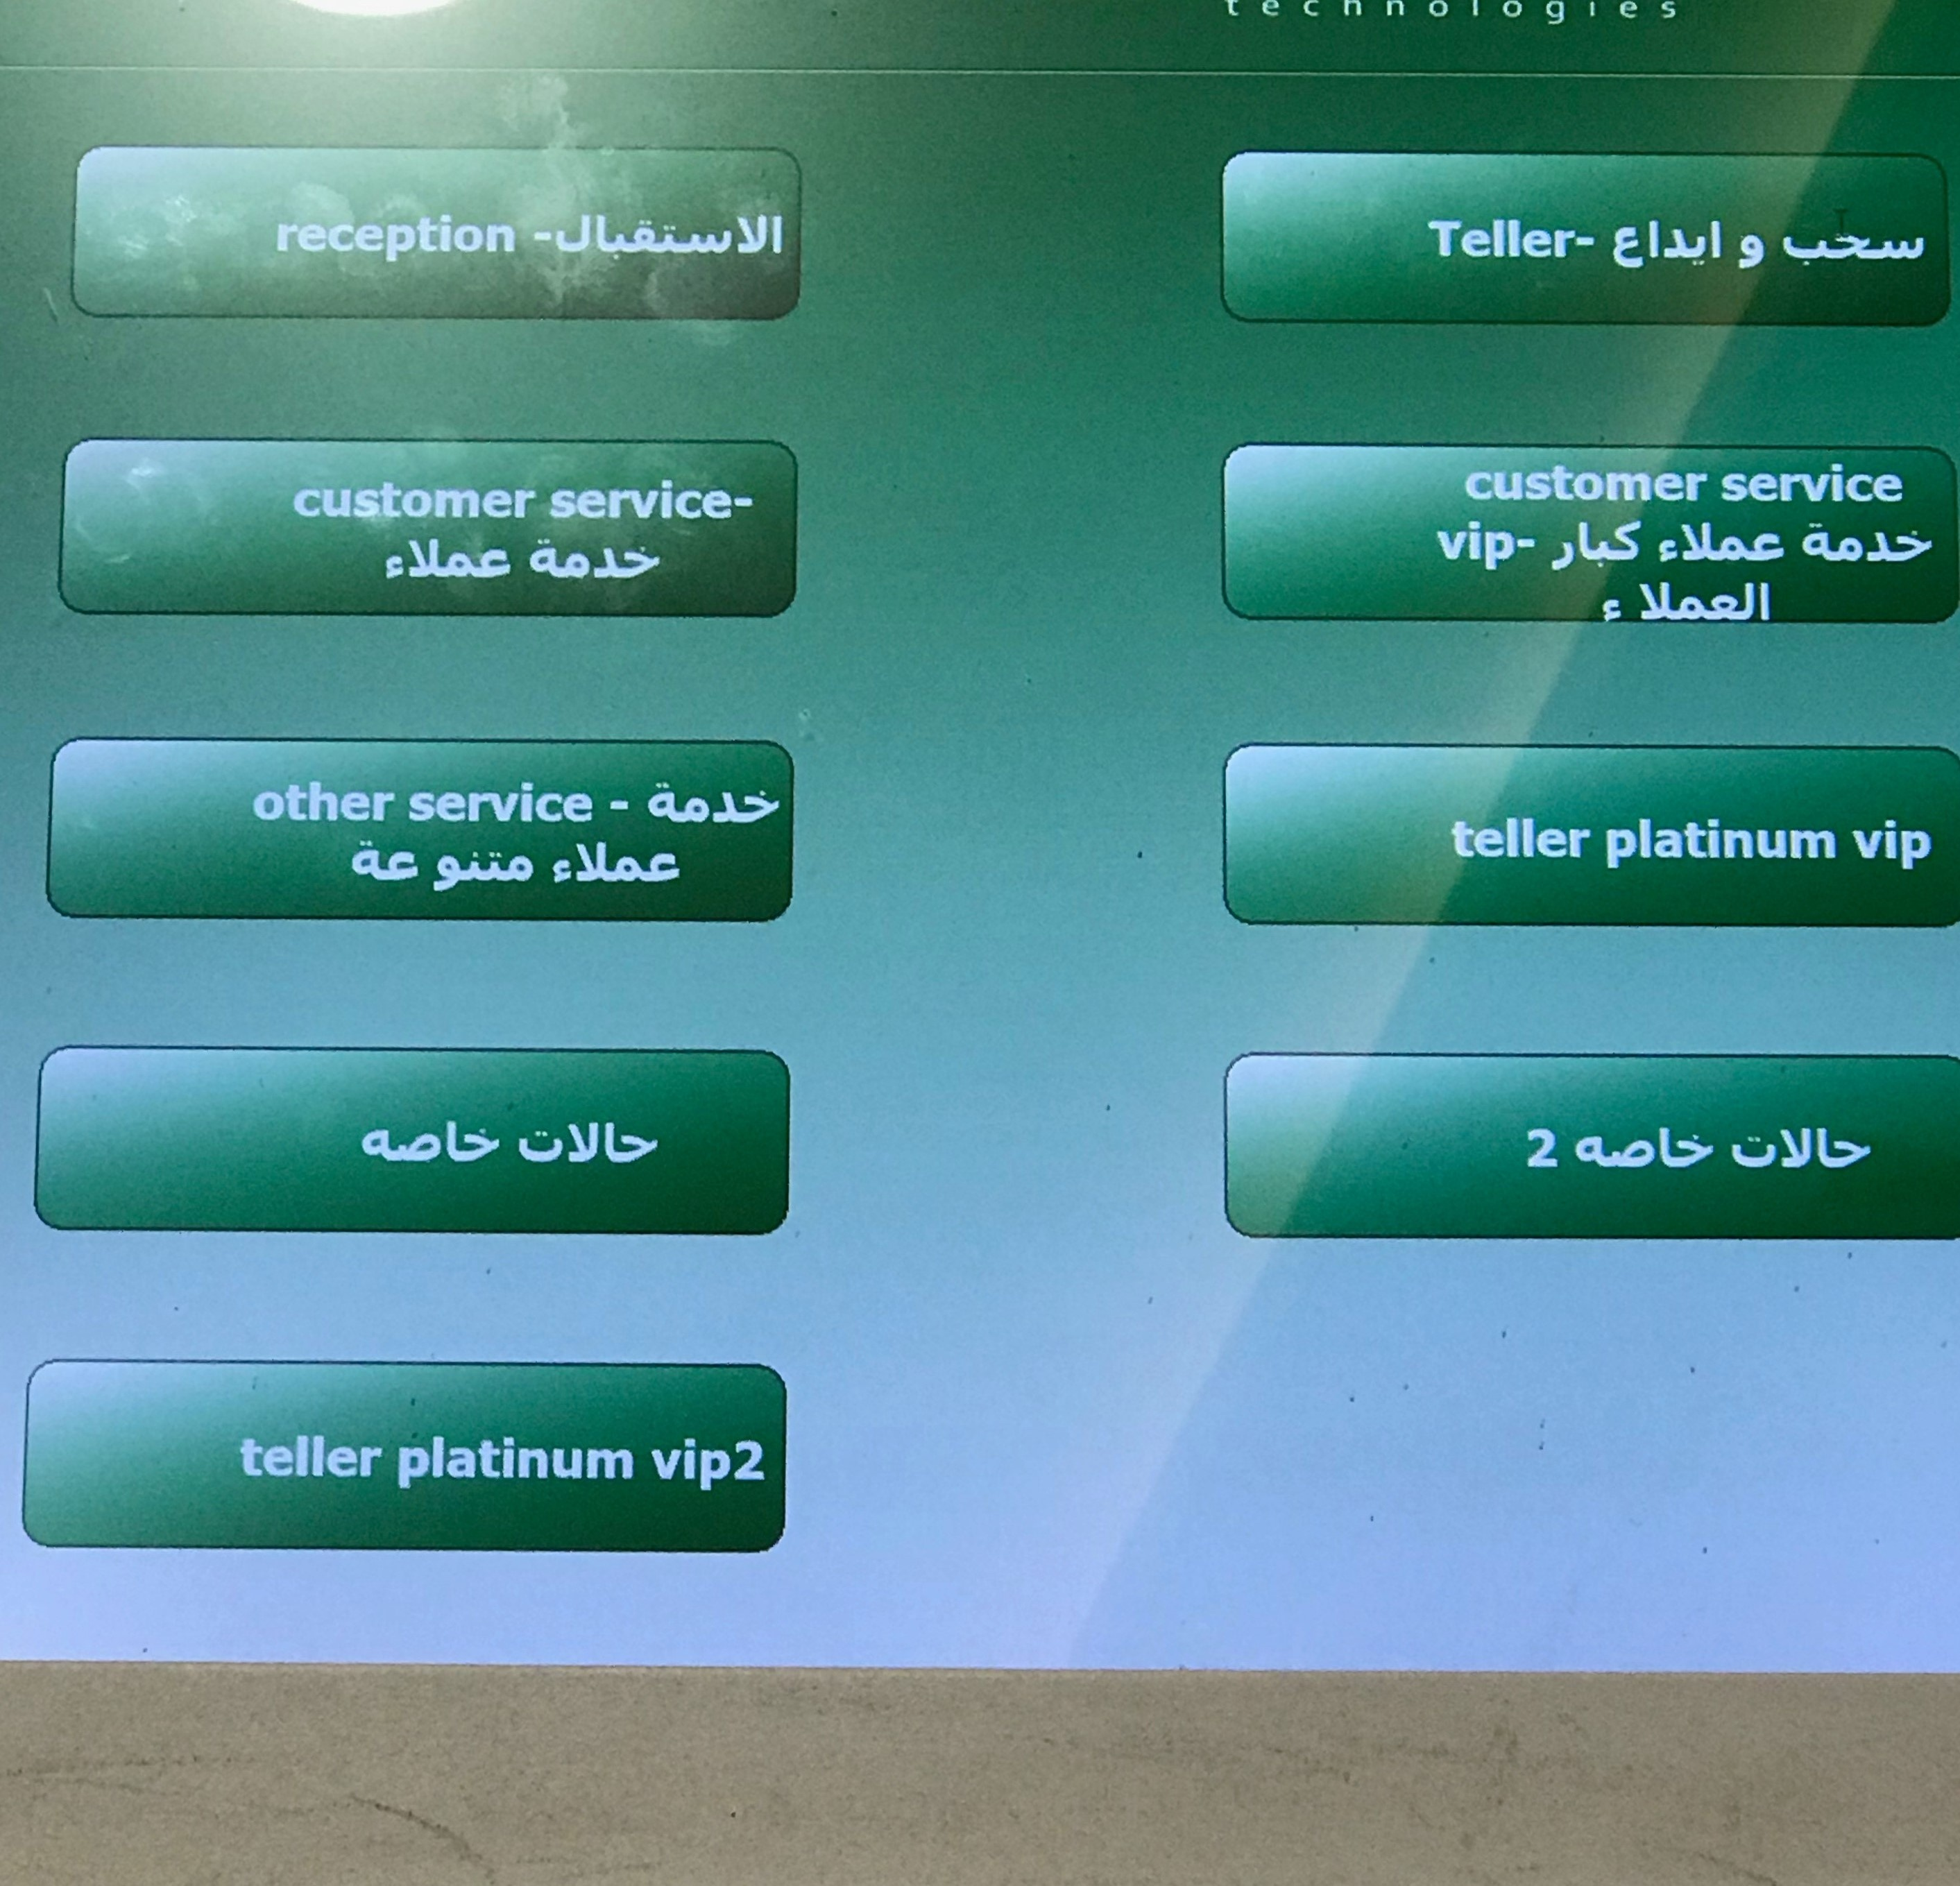
Text in image: الاستقبال سحب ايداع و كبار خدمة عملاء خدمة عملاء العملاء خدمة عملاء متنوعة حالات خاصه خاصه حالات reception Teller customer service customer service- vip- service other teller platinum vip 2 teller platinum vip2